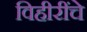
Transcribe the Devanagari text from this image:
विहीरींचे